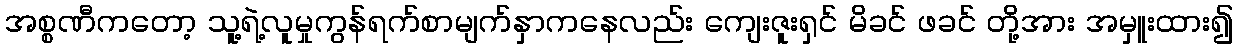
အစ္စဏီကတော့ သူ့ရဲ့လူမှုကွန်ရက်စာမျက်နှာကနေလည်း ကျေးဇူးရှင် မိခင် ဖခင် တို့အား အမှူးထား၍